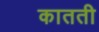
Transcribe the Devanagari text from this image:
कातती